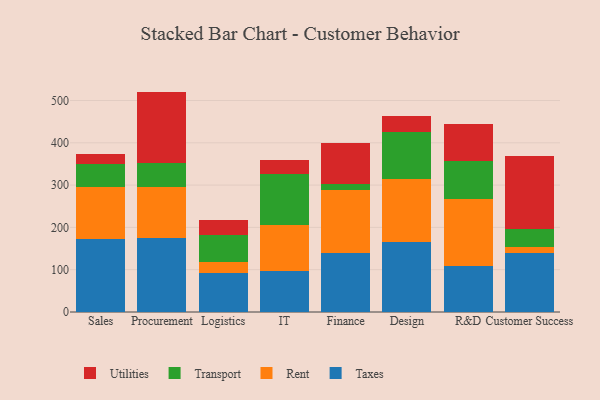
{"axis": {"x": "Department", "y": "Tickets Resolved"}, "legend": ["Rent", "Taxes", "Transport", "Utilities"], "data": [{"x": "Sales", "y": 173.4, "type": "Taxes"}, {"x": "Sales", "y": 122.7, "type": "Rent"}, {"x": "Sales", "y": 54.1, "type": "Transport"}, {"x": "Sales", "y": 23.6, "type": "Utilities"}, {"x": "Procurement", "y": 175.0, "type": "Taxes"}, {"x": "Procurement", "y": 121.6, "type": "Rent"}, {"x": "Procurement", "y": 54.8, "type": "Transport"}, {"x": "Procurement", "y": 169.6, "type": "Utilities"}, {"x": "Logistics", "y": 92.4, "type": "Taxes"}, {"x": "Logistics", "y": 25.3, "type": "Rent"}, {"x": "Logistics", "y": 63.3, "type": "Transport"}, {"x": "Logistics", "y": 37.5, "type": "Utilities"}, {"x": "IT", "y": 97.3, "type": "Taxes"}, {"x": "IT", "y": 107.9, "type": "Rent"}, {"x": "IT", "y": 122.0, "type": "Transport"}, {"x": "IT", "y": 32.7, "type": "Utilities"}, {"x": "Finance", "y": 138.8, "type": "Taxes"}, {"x": "Finance", "y": 149.1, "type": "Rent"}, {"x": "Finance", "y": 15.0, "type": "Transport"}, {"x": "Finance", "y": 95.8, "type": "Utilities"}, {"x": "Design", "y": 165.1, "type": "Taxes"}, {"x": "Design", "y": 149.5, "type": "Rent"}, {"x": "Design", "y": 111.5, "type": "Transport"}, {"x": "Design", "y": 37.6, "type": "Utilities"}, {"x": "R&D", "y": 107.8, "type": "Taxes"}, {"x": "R&D", "y": 159.9, "type": "Rent"}, {"x": "R&D", "y": 88.2, "type": "Transport"}, {"x": "R&D", "y": 88.4, "type": "Utilities"}, {"x": "Customer Success", "y": 138.7, "type": "Taxes"}, {"x": "Customer Success", "y": 14.8, "type": "Rent"}, {"x": "Customer Success", "y": 41.6, "type": "Transport"}, {"x": "Customer Success", "y": 172.5, "type": "Utilities"}]}